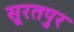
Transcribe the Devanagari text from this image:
सूरतपुर